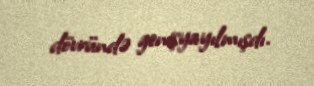
dövründə genişyayılmışdı.